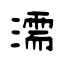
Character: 濡